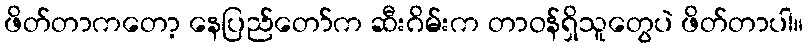
ဖိတ်တာကတော့ နေပြည်တော်က ဆီးဂိမ်းက တာဝန်ရှိသူတွေပဲ ဖိတ်တာပါ။